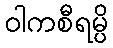
ဝါကစီရမ္ပိ